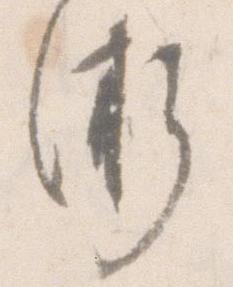
術